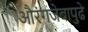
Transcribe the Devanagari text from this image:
औरंगजेबापुढे